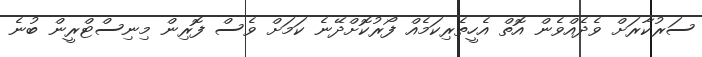
ސަރުކާރަށް ވެދެއްވެން އޮތް އެހީތެރިކަމެއް ފޯރުކޮށްދޭނެ ކަމަށް ވެސް ފޮރިން މިނިސްޓްރީން ބުނެ